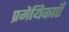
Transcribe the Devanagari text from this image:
प्रमेयिकाएँ